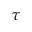
\tau